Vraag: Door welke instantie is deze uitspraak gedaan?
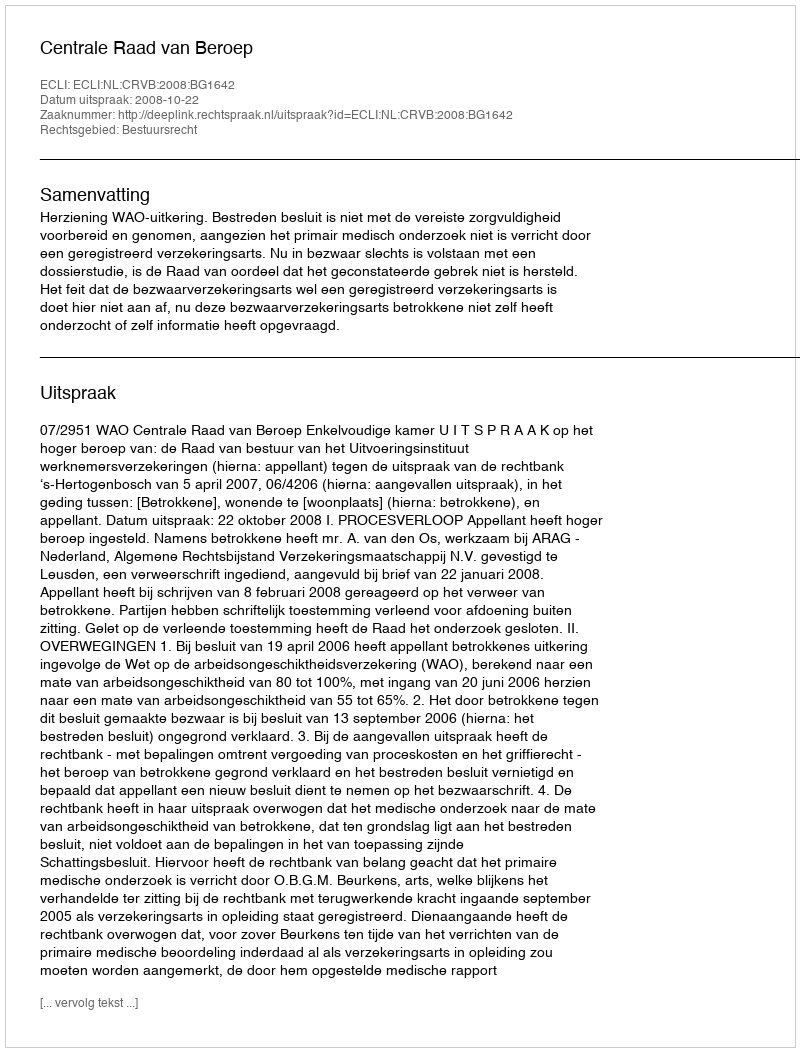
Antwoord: Centrale Raad van Beroep